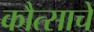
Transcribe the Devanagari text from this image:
कौत्साचे